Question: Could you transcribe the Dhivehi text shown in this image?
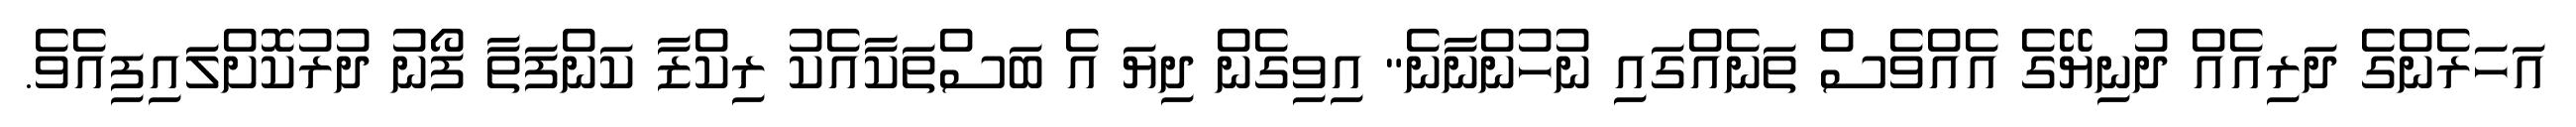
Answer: އަހަރެންގެ ދަރިއެއް ދުނިޔޭގެ އެއްވެސް ތަނެއްގައި ނުހުންނާނެ" އިވިގެން ދިޔަ އެ ބަސްތަކާއެކު ރިކްޒާ ކަންފަތާ ފޯނު ދުރުކޮށްލައިފިއެވެ.